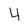
Character: 4